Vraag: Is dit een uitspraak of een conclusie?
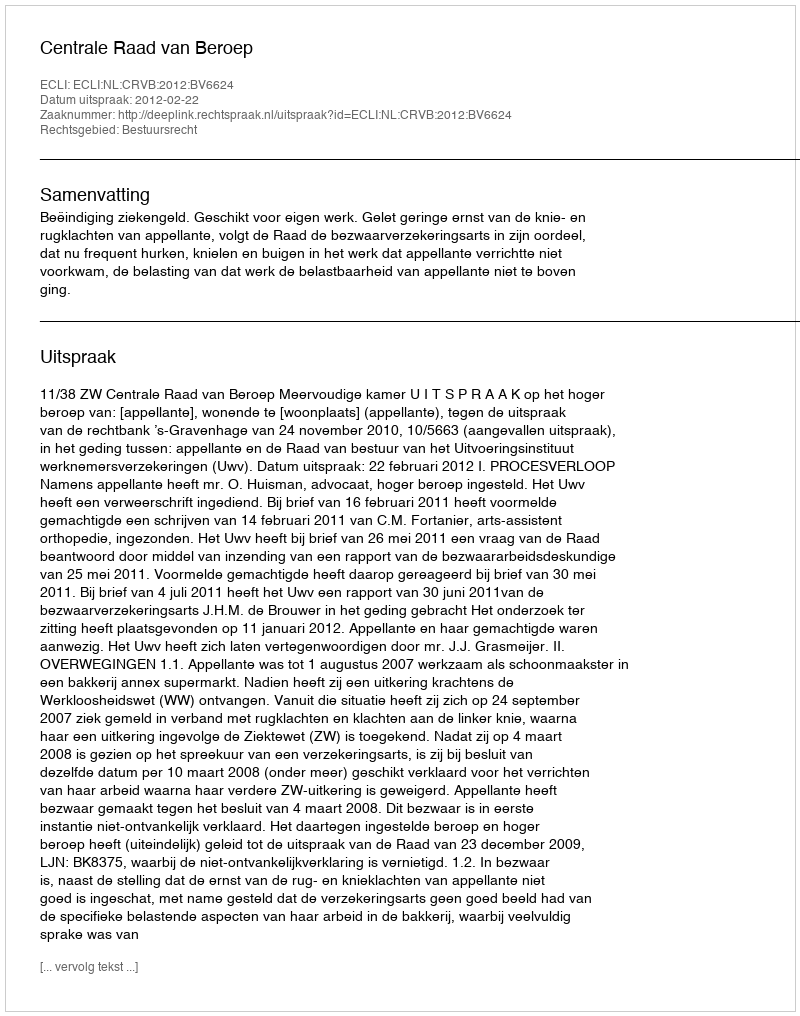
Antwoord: Uitspraak